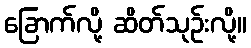
ခြောက်လို့ ဆိတ်သုဉ်းလို့။